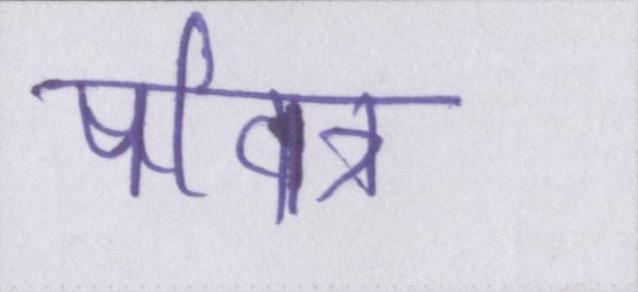
पवित्र